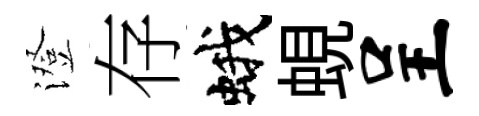
澄存蛾蜆呈